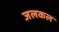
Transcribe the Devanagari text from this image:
जलकल